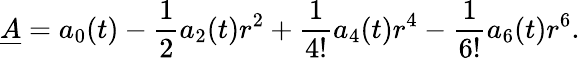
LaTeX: \underline{{{A}}}=a_{0}(t)-\frac 12a_{2}(t)r^{2}+\frac{1}{4!}a_{4}(t)r^{4}-\frac{1}{6!}a_{6}(t)r^{6}.